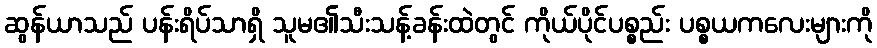
ဆွန်ယာသည် ပန်းရိပ်သာရှိ သူမ၏သီးသန့်ခန်းထဲတွင် ကိုယ်ပိုင်ပစ္စည်း ပစ္စယကလေးများကို